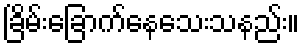
ခြိမ်းခြောက်နေသေးသနည်း။